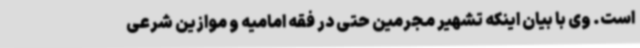
است. وی با بیان اینکه تشهیر مجرمین حتی در فقه امامیه و موازین شرعی